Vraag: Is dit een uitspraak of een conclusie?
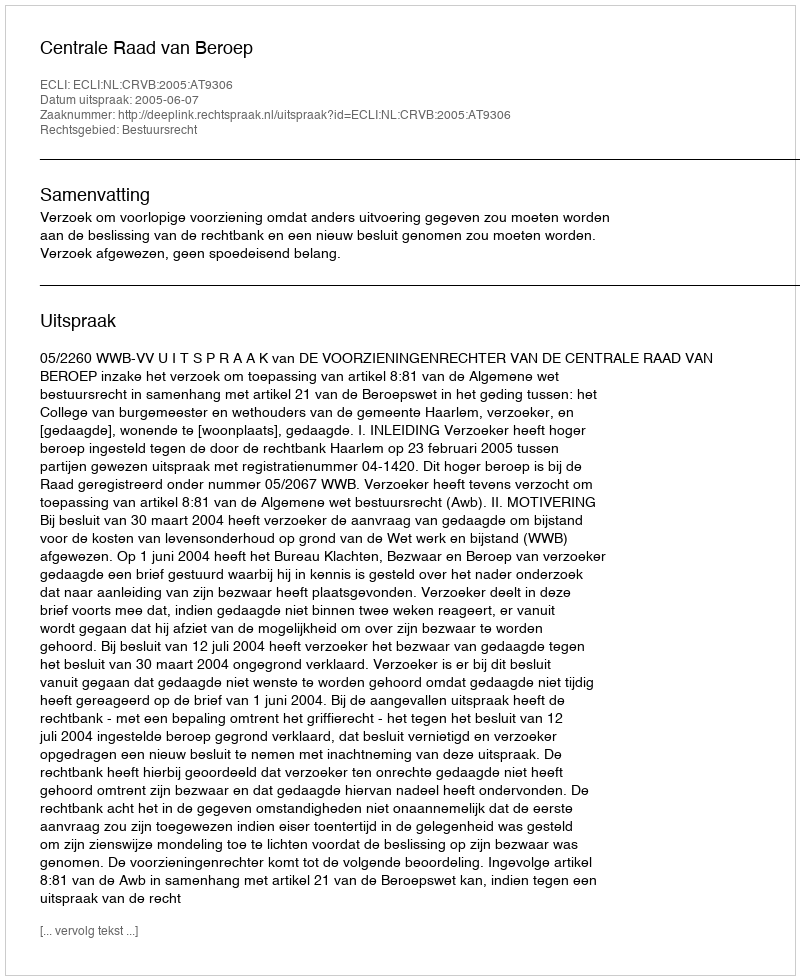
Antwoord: Uitspraak